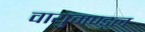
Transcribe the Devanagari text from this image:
वायुमण्ड्ल